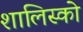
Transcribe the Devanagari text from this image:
शालिस्को